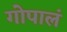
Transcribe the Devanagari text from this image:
गोपालं